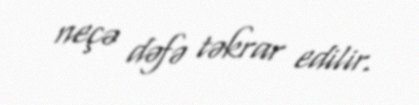
neçə dəfə təkrar edilir.